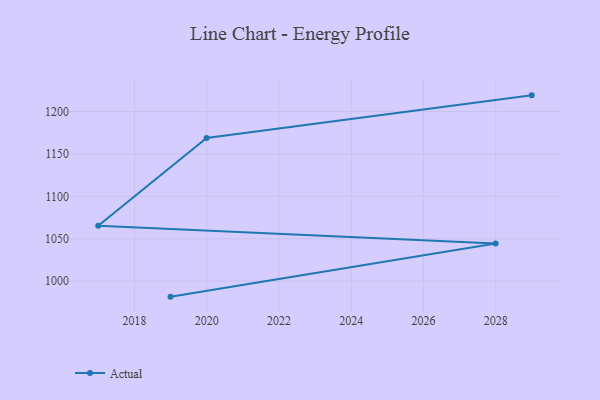
{"axis": {"x": "Year", "y": "Active Users"}, "legend": ["Actual"], "data": [{"x": "2019", "y": 981.7, "type": "Actual"}, {"x": "2028", "y": 1044.3, "type": "Actual"}, {"x": "2017", "y": 1065.4, "type": "Actual"}, {"x": "2020", "y": 1168.9, "type": "Actual"}, {"x": "2029", "y": 1219.1, "type": "Actual"}]}